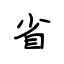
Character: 省